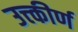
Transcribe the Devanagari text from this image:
उत्त्कीर्ण